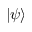
\left| \psi \right\rangle